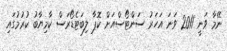
ނޭމާ ވަނީ 2011 ވަނަ އަހަރު ސަންޓޯސްއަށް ކޮޕާ ލިބަޓެޑޯރަސް ކާމިޔާބު ކުރުމުގައި